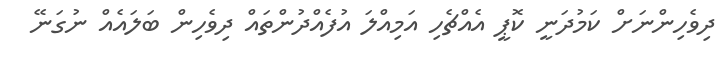
ދިވެހިންނަށް ކަމުދަނީ ކޮޕީ އެއްޗެހި އަމިއްލަ އުފެއްދުންތައް ދިވެހިން ބަލައެއް ނުގަނޭ